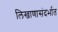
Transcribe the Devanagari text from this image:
लिखाणासंदर्भात